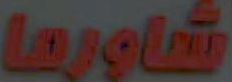
شاورها